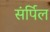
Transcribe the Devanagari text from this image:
संर्पिल